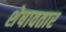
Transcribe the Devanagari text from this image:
शेषावतार